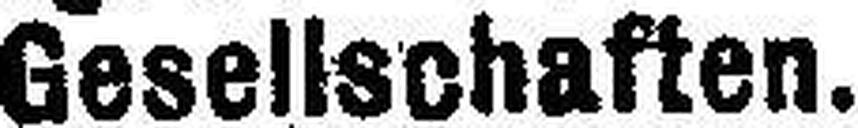
Gesellschaften.